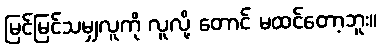
မြင်မြင်သမျှလူကို လူလို့ တောင် မထင်တော့ဘူး။